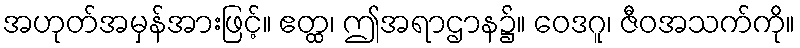
အဟုတ်အမှန်အားဖြင့်။ ဧတ္ထ၊ ဤအရာဌာန၌။ ဝေဒဂူ၊ ဇီဝအသက်ကို။